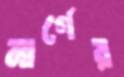
মার্গের